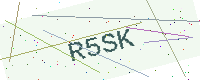
Text: R5SK